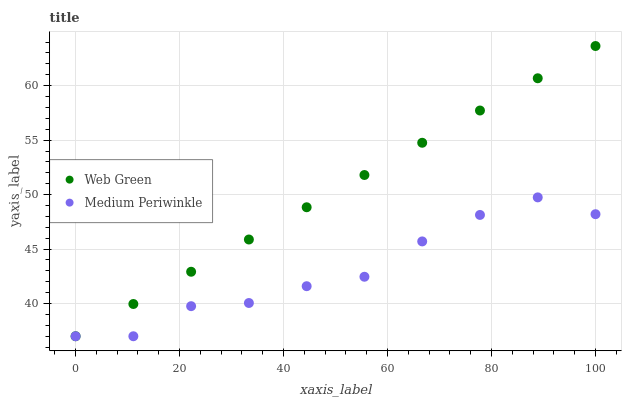
| xaxis_label | Web Green | Medium Periwinkle |
 | --- | --- | --- |
 | 0 | 37 | 37 |
 | 11.1 | 40 | 37 |
 | 22.2 | 42.9 | 39.8 |
 | 33.3 | 45.9 | 40.1 |
 | 44.4 | 48.8 | 41.6 |
 | 55.6 | 51.8 | 42.5 |
 | 66.7 | 54.8 | 45.7 |
 | 77.8 | 57.7 | 48.1 |
 | 88.9 | 60.7 | 49.7 |
 | 100 | 63.6 | 48.2 |